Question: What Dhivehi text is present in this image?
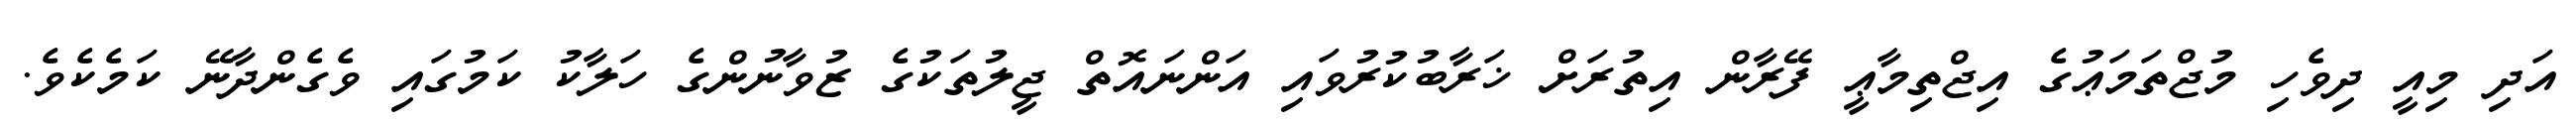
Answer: އަދި މިއީ ދިވެހި މުޖްތަމަޢުގެ އިޖްތިމާޢީ ފޭރާން އިތުރަށް ޚަރާބުކުރުވައި އަންނައޮތް ޖީލުތަކުގެ ޒުވާނުންގެ ހަލާކު ކަމުގައި ވެގެންދާނޭ ކަމެކެވެ.